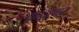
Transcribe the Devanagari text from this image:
काजुगर